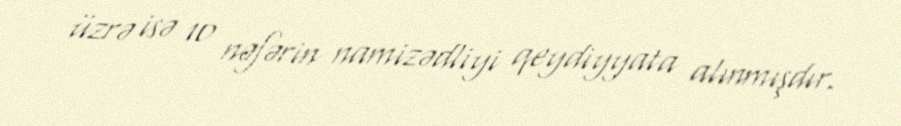
üzrə isə 10 nəfərin namizədliyi qeydiyyata alınmışdır.